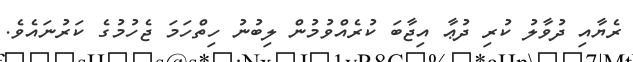
ރެޔާއި ދުވާލު ކުރި ދުޢާ އިޖާބަ ކުރެއްވުމުން ލިބުނު ހިތްހަމަ ޖެހުމުގެ ކަރުނައެވެ.